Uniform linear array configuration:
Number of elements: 48
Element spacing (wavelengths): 0.25
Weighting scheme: hann
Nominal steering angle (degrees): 0
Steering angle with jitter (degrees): -0.2032
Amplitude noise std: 0.05
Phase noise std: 0.05

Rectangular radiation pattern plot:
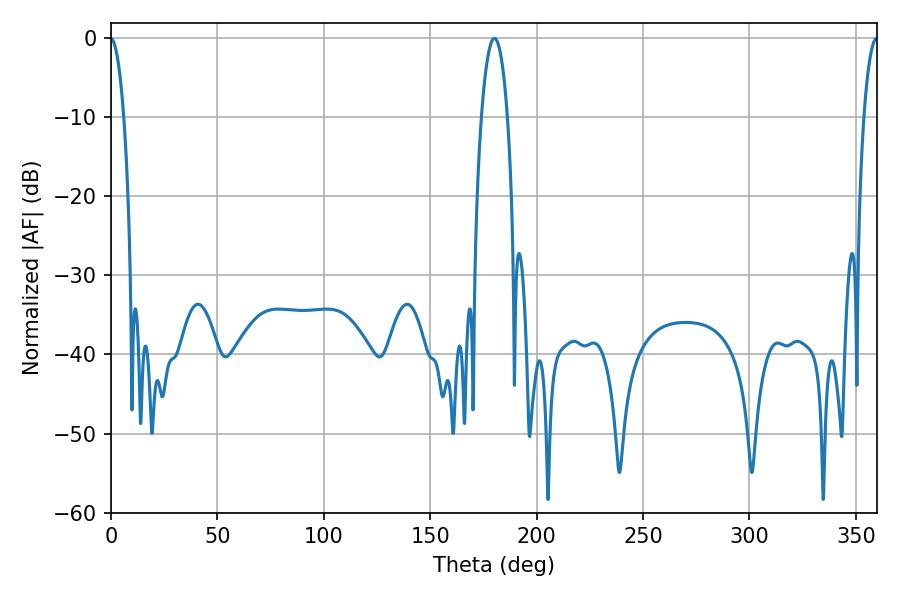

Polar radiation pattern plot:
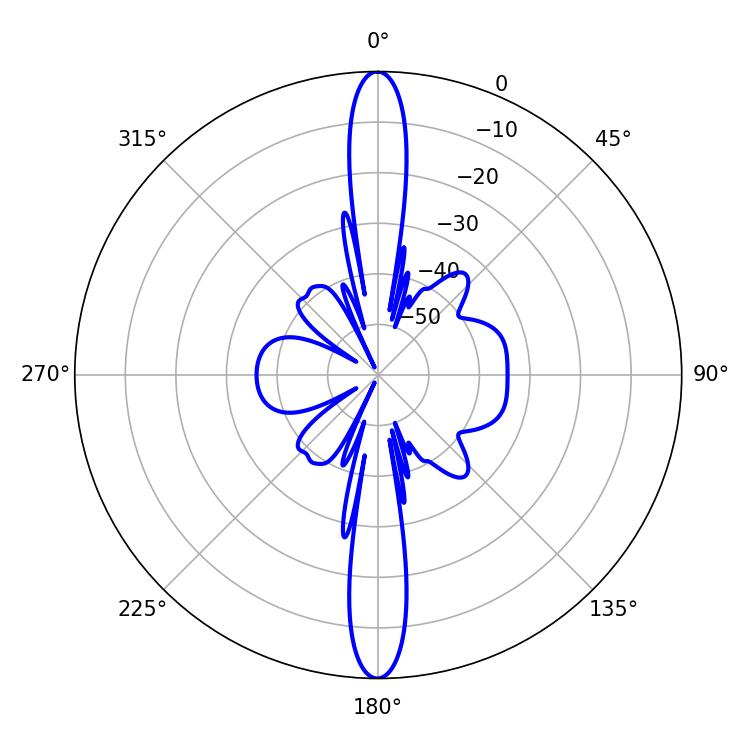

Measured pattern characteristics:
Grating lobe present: FALSE
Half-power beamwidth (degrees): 3.6
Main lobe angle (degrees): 359.82